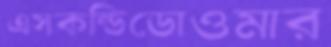
এসকন্ডিডোওমার